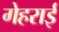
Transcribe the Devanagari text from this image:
गेहराई